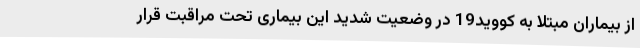
از بیماران مبتلا به کووید19 در وضعیت شدید این بیماری تحت مراقبت قرار